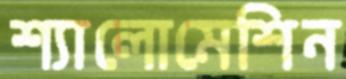
শ্যালোমেশিন